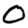
Digit: 0